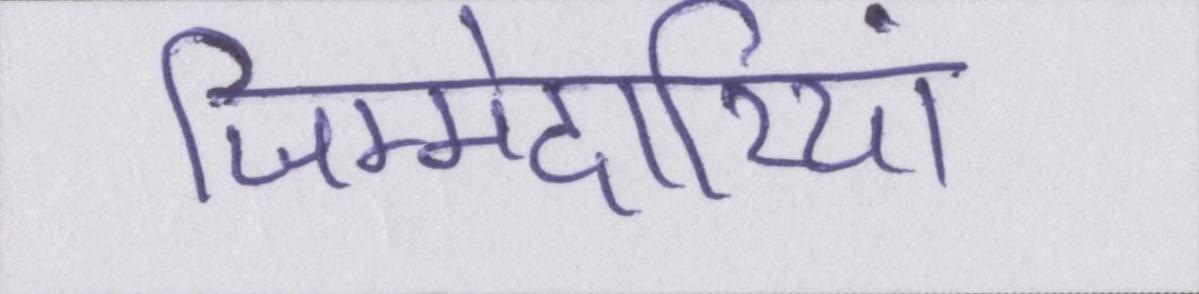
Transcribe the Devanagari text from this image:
जिम्मेदारियां